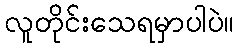
လူတိုင်းသေရမှာပါပဲ။